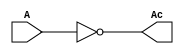
module logicalnot8bit
(
	input [7:0]A,
	output [7:0]Ac

);

assign Ac[7:0]= ~A[7:0];

endmodule